Madras plague regulations in force outside the Presidency town - Volume 4
Disease focus: Plague
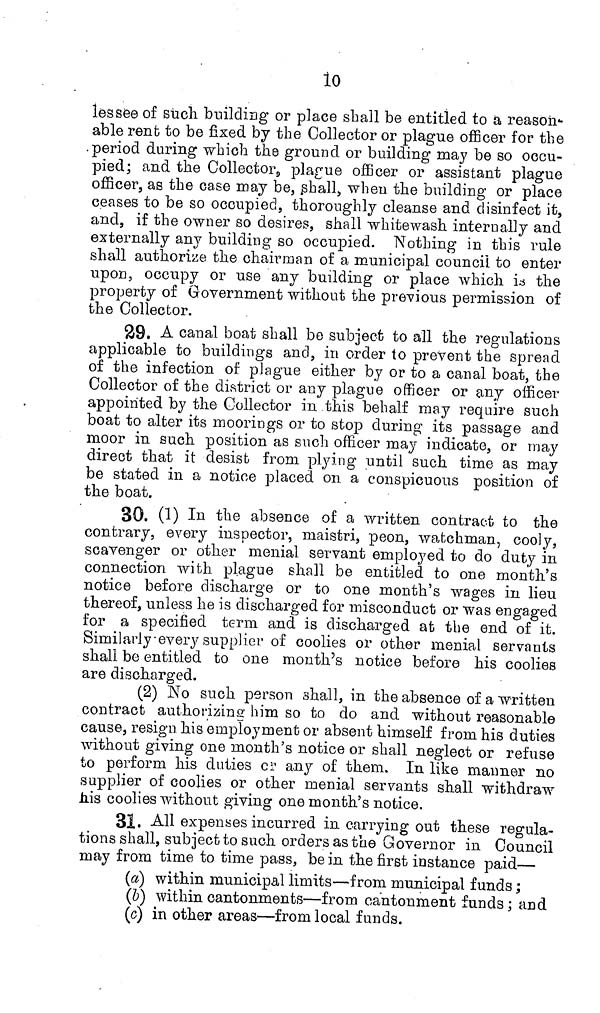
10
lessee of such building or place shall be entitled to a reason-
able rent to be fixed by the Collector or plague officer for the
.period during which the ground or building may be so occu-
pied; and the Collector, plague officer or assistant plague
officer, as the case may be, shall, when the building or place
ceases to be so occupied, thoroughly cleanse and disinfect it,
and, if the owner so desires, shall whitewash internally and
externally any building so occupied. Nothing in this rule
shall authorize the chairman of a municipal council to enter
upon, occupy or use any building or place which is the
property of Government without the previous permission of
the Collector.
29. A canal boat shall be subject to all the regulations
applicable to buildings and, in order to prevent the spread
of the infection of plague either by or to a canal boat, the
Collector of the district or any plague officer or any officer
appointed by the Collector in this behalf may require such
boat to alter its moorings or to stop during its passage and
moor in such position as such officer may indicate, or may
direct that it desist from plying until such time as may
be stated in a notice placed on a conspicuous position of
the boat.
30. (1) In the absence of a written contract to the
contrary, every inspector, maistri, peon, watchman, cooly,
scavenger or other menial servant employed to do duty in
connection with plague shall be entitled to one month's
notice before discharge or to one month's wages in lieu
thereof, unless he is discharged for misconduct or was engaged
for a specified term and is discharged at the end of it.
Similarly-every supplier of coolies or other menial servants
shall be entitled to one month's notice before his coolies
are discharged.
(2) No such person shall, in the absence of a written
contract authorizing him so to do and without reasonable
cause, resign his employment or absent himself from his duties
without giving one month's notice or shall neglect or refuse
to perform his duties or any of them. In like manner no
supplier of coolies or other menial servants shall withdraw
his coolies without giving one month's notice.
31. All expenses incurred in carrying out these regula-
tions shall, subject to such orders as the Governor in Council
may from time to time pass, be in the first instance paid—
(a) within municipal limits—from municipal funds ;
(b) within cantonments—from cantonment funds ; and
(c) in other areas—from local funds.